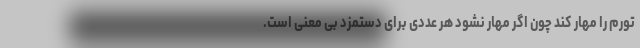
تورم را مهار کند چون اگر مهار نشود هر عددی برای دستمزد بی معنی است.